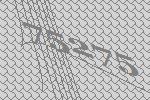
75275